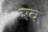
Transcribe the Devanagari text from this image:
श्‍व